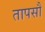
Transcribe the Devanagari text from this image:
तापसौ